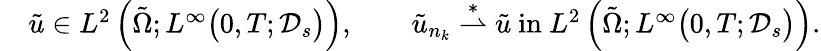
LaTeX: \begin{array}{rl}&{\tilde{u}\in L^{2}\left(\tilde{\Omega};L^{\infty}\big(0,T;\mathcal D_{s}\big)\right),\qquad\tilde{u}_{n_{k}}\overset{\ast}{\rightharpoonup}\tilde{u}\mathrm{~in~}L^{2}\left(\tilde{\Omega};L^{\infty}\big(0,T;\mathcal D_{s}\big)\right).}\end{array}